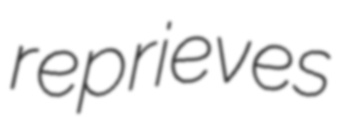
reprieves